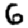
Digit: 6